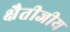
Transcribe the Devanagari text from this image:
क्षैतीजीय